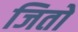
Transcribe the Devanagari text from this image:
जितो